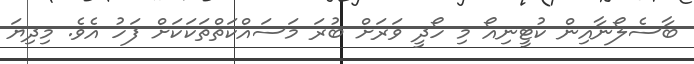
ބާސެލޯނާއިން ކުޓީނިއޯ މި ހޯދީ ވަރަށް ބުރަ މަސައްކަތްތަކަކަށް ފަހު އެވެ. މިދިޔަ